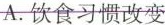
A.饮食习惯改变